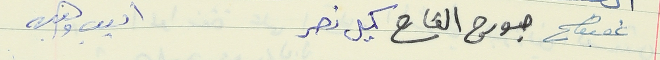
عفيف جورج القارح كميل نصر اديب وهبه